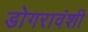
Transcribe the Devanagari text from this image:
डोगरावंशी